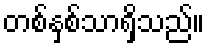
တစ်နှစ်သာရှိသည်။